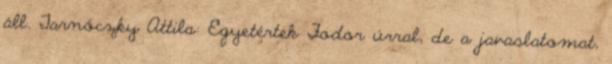
áll. Tarnóczky Attila: Egyetértek Fodor úrral, de a javaslatomat,